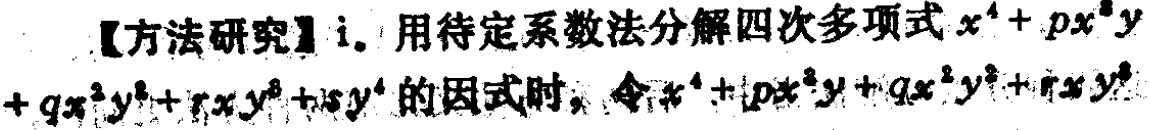
【方法研究】i. 用待定系数法分解四次多项式\(x^{4}+px^{3}y + qx^{2}y^{2}+rxy^{3}+sy^{4}\)的因式时，令\(x^{4}+px^{3}y + qx^{2}y^{2}+rxy^{3}+sy^{4}\)